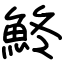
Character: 鮗